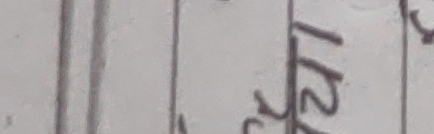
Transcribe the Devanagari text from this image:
१२१